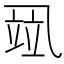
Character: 𰁌